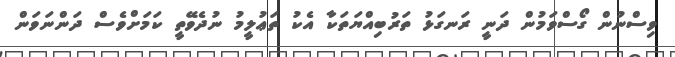
ވިސްނުން ގޯސްވަމުން ދަނީ ރަނގަޅު ތަރުބިއްޔަތަކާ އެކު ތަޢުލީމު ނުދެވޭތީ ކަމަށްވެސް ދަންނަވަން